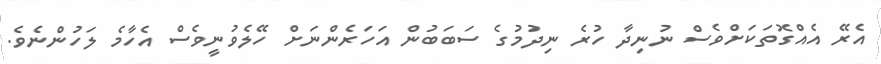
އެރޭ އެއްގޮތަކަށްވެސް ނުނިދާ ހުރެ ނިދުމުގެ ސަބަބުން އަހަރެންނަށް ހޭލެވުނީވެސް އެހާމެ ލަހުންނެވެ.